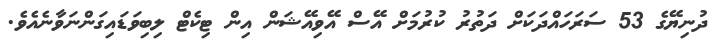
ދުނިޔޭގެ 53 ސަރަހައްދަކަށް ދަތުރު ކުރުމަށް އޭސް އޭވިއޭޝަން އިން ޓިކެޓް ލިބިވަޑައިގަންނަވާނެއެވެ.